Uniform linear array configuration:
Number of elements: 4
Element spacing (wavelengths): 0.75
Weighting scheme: cosine
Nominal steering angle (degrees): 0
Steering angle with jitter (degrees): -1.89
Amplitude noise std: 0.05
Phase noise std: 0.05

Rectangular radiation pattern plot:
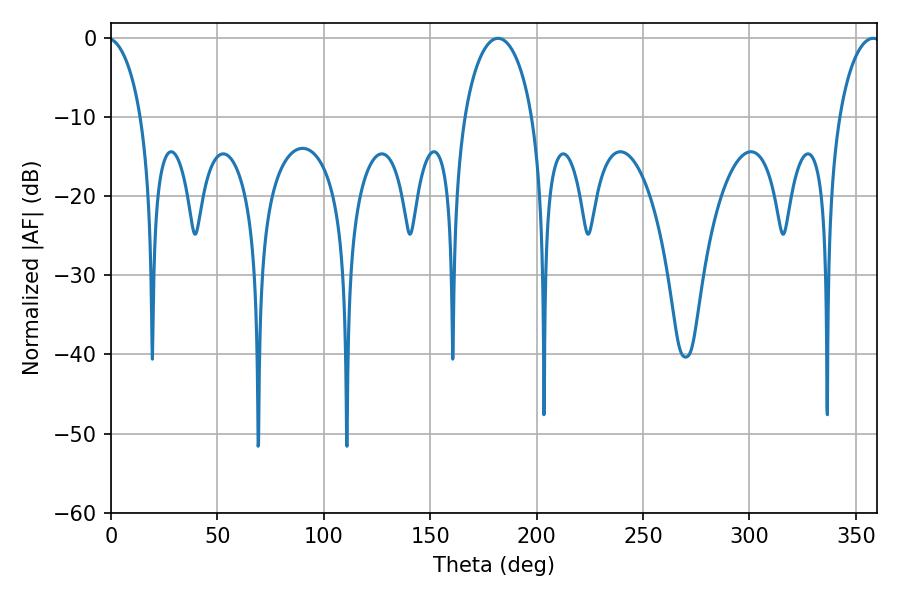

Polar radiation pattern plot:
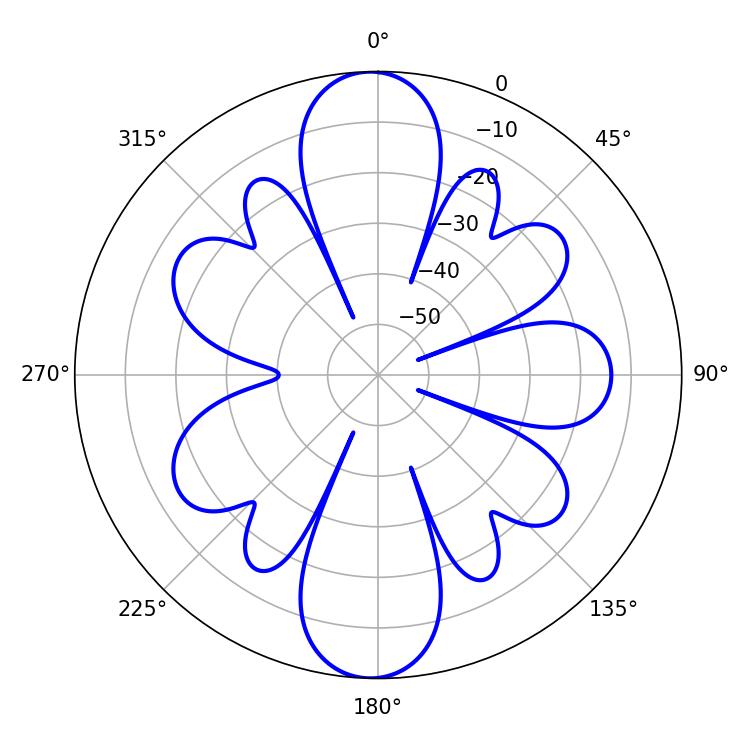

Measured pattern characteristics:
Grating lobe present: TRUE
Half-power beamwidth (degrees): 18.54
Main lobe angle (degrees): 181.8